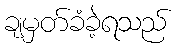
ချမှတ်ခံခဲ့ရသည်